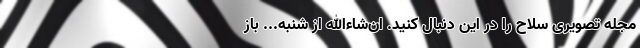
مجله تصویری سلاح را در این دنبال کنید. ان‌شاءالله از شنبه... باز